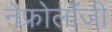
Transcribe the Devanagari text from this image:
नेफ्रोलॉंजी